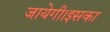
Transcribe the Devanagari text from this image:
जायेगी।इसका